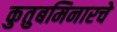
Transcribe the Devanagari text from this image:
कुतुबमिनारचे